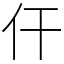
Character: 仠